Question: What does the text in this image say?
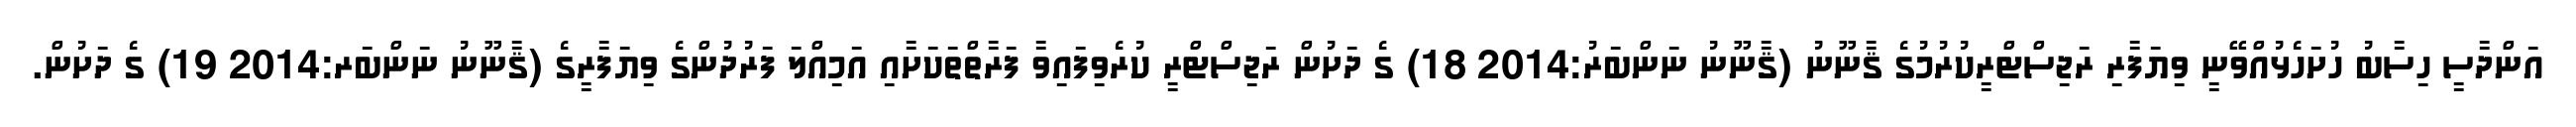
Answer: އަންދާސީ ހިސާބު ހުށަހެޅުއްވޭނީ ވިޔަފާރި ރަޖިސްޓްރީކުރުމުގެ ޤާނޫނު (ޤާނޫނު ނަންބަރު:2014 18) ގެ ދަށުން ރަޖިސްޓްރީ ކުރެވިފައިވާ ފަރާތްތަކަށާއި އަމިއްލަ ފަރުދުންގެ ވިޔަފާރީގެ (ޤާނޫނު ނަންބަރ:2014 19) ގެ ދަށުން.